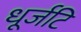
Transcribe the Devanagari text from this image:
धूर्जटि